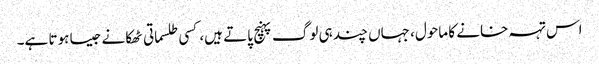
اس تہہ خانے کا ماحول، جہاں چند ہی لوگ پہنچ پاتے ہیں، کسی طلسماتی ٹھکانے جیسا ہوتا ہے۔